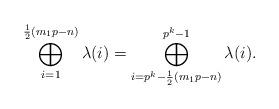
LaTeX: \begin{align*} \bigoplus_{i=1}^{\frac{1}{2}(m_1p-n)}\lambda(i) = \bigoplus_{i=p^k-\frac{1}{2}(m_1p-n)}^{p^k-1}\lambda(i).\end{align*}